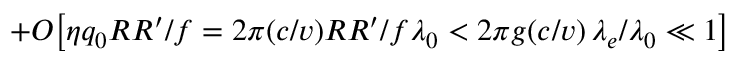
+ O \big [ \eta q _ { 0 } R R ^ { \prime } / f = 2 \pi ( c / v ) R R ^ { \prime } / f \lambda _ { 0 } < 2 \pi g ( c / v ) \, \lambda _ { e } / \lambda _ { 0 } \ll 1 \big ]